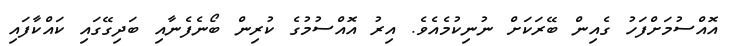
އޮއްސުމަށްފަހު ގެއިން ބޭރަކަށް ނުނިކުމެއެވެ. އިރު އޮއްސުމުގެ ކުރިން ބޯނެފެނާއި ބަދިގޭގައި ކައްކާފައި